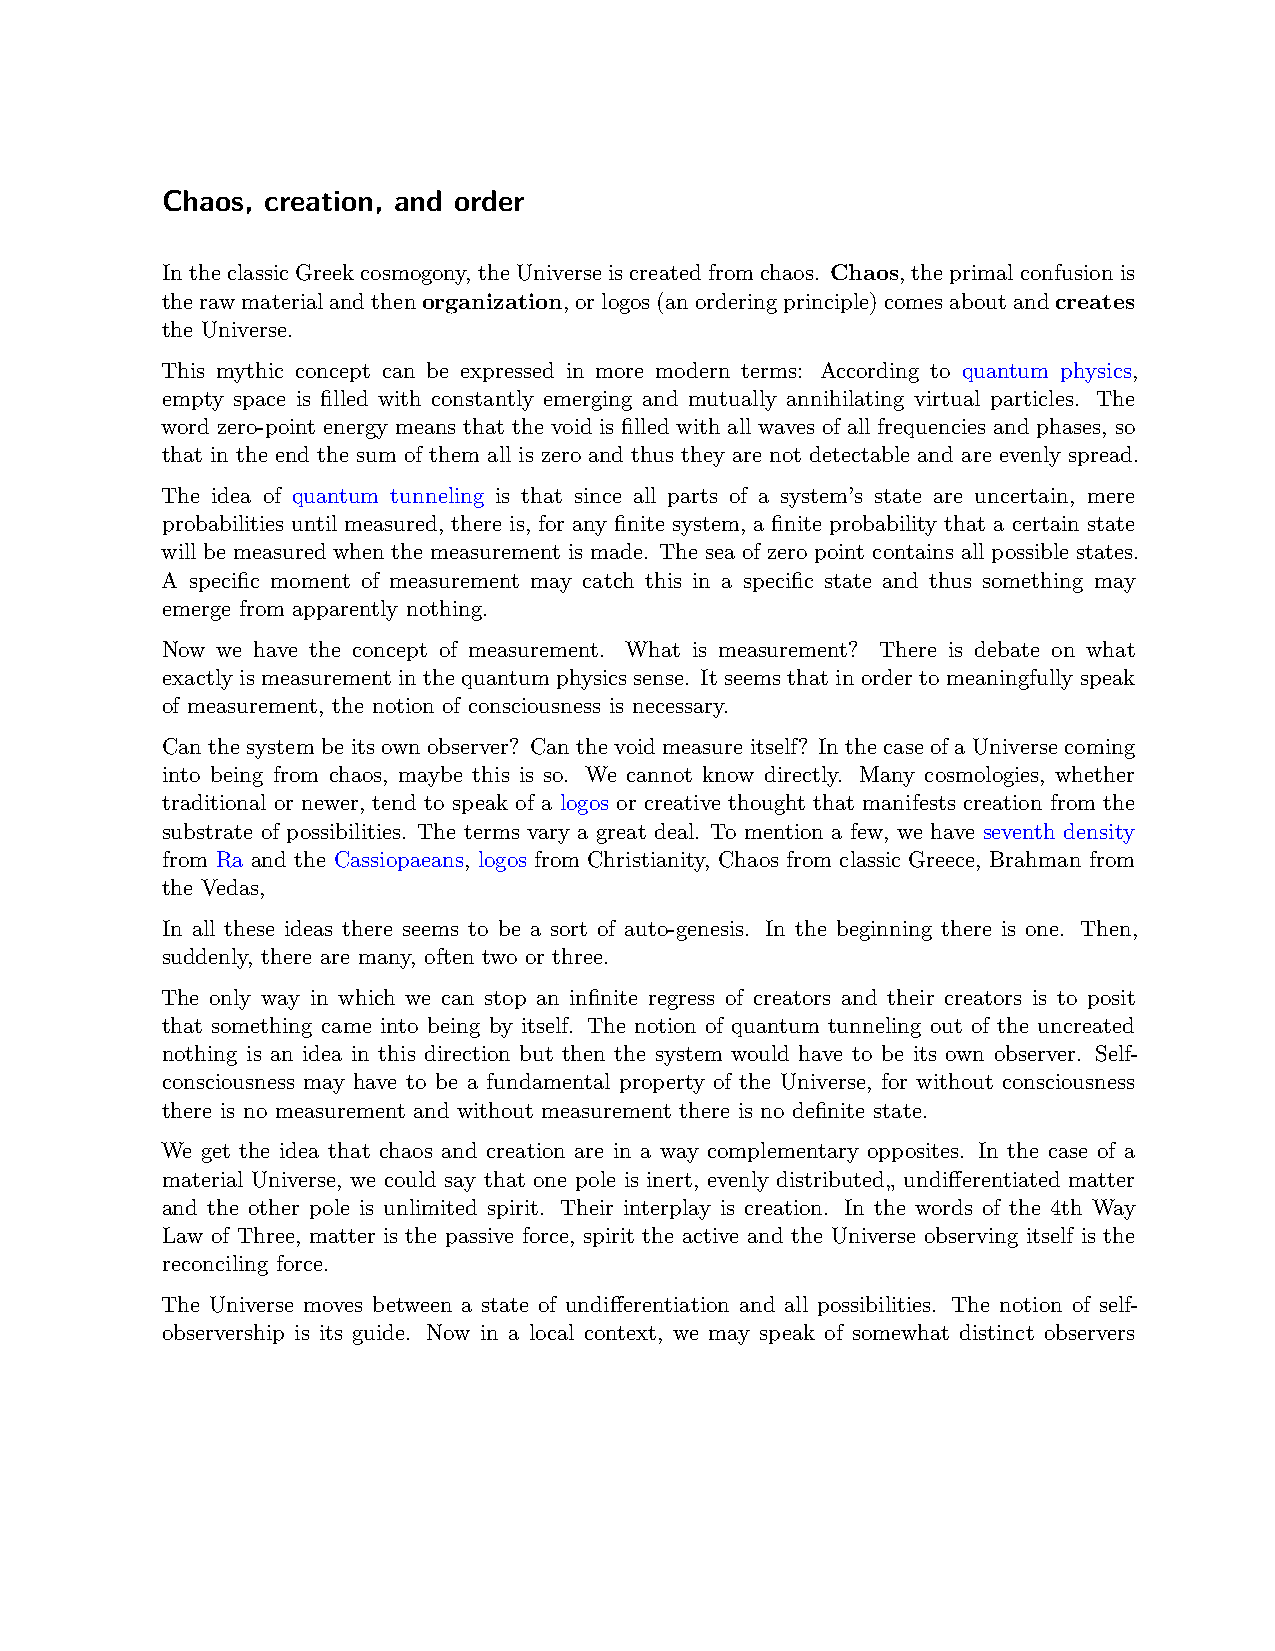
Chaos, creation, and order
 IntheclassicGreekcosmogony, theUniverseiscreatedfromchaos. Chaos, theprimalconfusionis
 therawmaterialandthenorganization,orlogos(anorderingprinciple)comesaboutandcreates
 the Universe.
 This mythic concept can be expressed in more modern terms: According to quantum physics,
 empty space is filled with constantly emerging and mutually annihilating virtual particles. The
 word zero-point energy means that the void is filled with all waves of all frequencies and phases, so
 that in the end the sum of them all is zero and thus they are not detectable and are evenly spread.
 The idea of quantum tunneling is that since all parts of a system’s state are uncertain, mere
 probabilities until measured, there is, for any finite system, a finite probability that a certain state
 will be measured when the measurement is made. The sea of zero point contains all possible states.
 A specific moment of measurement may catch this in a specific state and thus something may
 emerge from apparently nothing.
 Now we have the concept of measurement. What is measurement? There is debate on what
 exactly is measurement in the quantum physics sense. It seems that in order to meaningfully speak
 of measurement, the notion of consciousness is necessary.
 Can the system be its own observer? Can the void measure itself? In the case of a Universe coming
 into being from chaos, maybe this is so. We cannot know directly. Many cosmologies, whether
 traditional or newer, tend to speak of a logos or creative thought that manifests creation from the
 substrate of possibilities. The terms vary a great deal. To mention a few, we have seventh density
 from Ra and the Cassiopaeans, logos from Christianity, Chaos from classic Greece, Brahman from
 the Vedas,
 In all these ideas there seems to be a sort of auto-genesis. In the beginning there is one. Then,
 suddenly, there are many, often two or three.
 The only way in which we can stop an infinite regress of creators and their creators is to posit
 that something came into being by itself. The notion of quantum tunneling out of the uncreated
 nothing is an idea in this direction but then the system would have to be its own observer. Self-
 consciousness may have to be a fundamental property of the Universe, for without consciousness
 there is no measurement and without measurement there is no definite state.
 We get the idea that chaos and creation are in a way complementary opposites. In the case of a
 material Universe, we could say that one pole is inert, evenly distributed„ undifferentiated matter
 and the other pole is unlimited spirit. Their interplay is creation. In the words of the 4th Way
 Law of Three, matter is the passive force, spirit the active and the Universe observing itself is the
 reconciling force.
 The Universe moves between a state of undifferentiation and all possibilities. The notion of self-
 observership is its guide. Now in a local context, we may speak of somewhat distinct observers